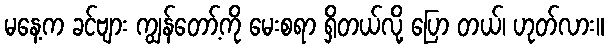
မနေ့က ခင်ဗျား ကျွန်တော့်ကို မေးစရာ ရှိတယ်လို့ ပြော တယ်၊ ဟုတ်လား။